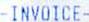
-INVOICE-